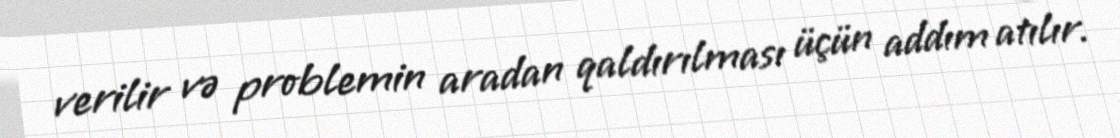
verilir və problemin aradan qaldırılması üçün addım atılır.